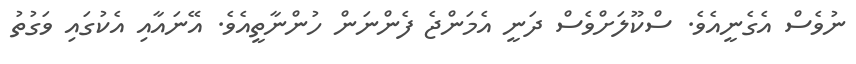
ނުވެސް އެގެނީއެވެ. ސްކޫލަށްވެސް ދަނީ އެމަންޖެ ފެންނަން ހުންނާތީއެވެ. އޭނައާއި އެކުގައި ވަގުތު